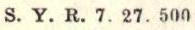
S. Y. R. 7. 27. 500